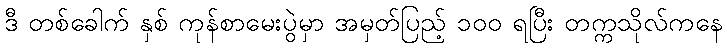
ဒီ တစ်ခေါက် နှစ် ကုန်စာမေးပွဲမှာ အမှတ်ပြည့် ၁၀၀ ရပြီး တက္ကသိုလ်ကနေ